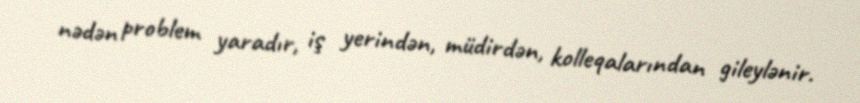
nədən problem yaradır, iş yerindən, müdirdən, kolleqalarından gileylənir.